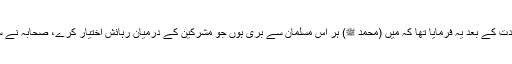
آپ ﷺ نے صحابہ کی اس جماعت کی شہادت کے بعد یہ فرمایا تھا کہ میں (محمد ﷺ) ہر اس مسلمان سے بری ہوں جو مشرکین کے درمیان رہائش اختیار کرے، صحابہ نے سوال کیا یارسول اللہ اس کی کیا وجہ ہے ؟